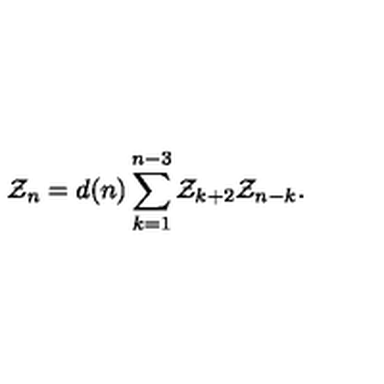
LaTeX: { \cal Z } _ { n } = d ( n ) \sum _ { k = 1 } ^ { n - 3 } { \cal Z } _ { k + 2 } { \cal Z } _ { n - k } .